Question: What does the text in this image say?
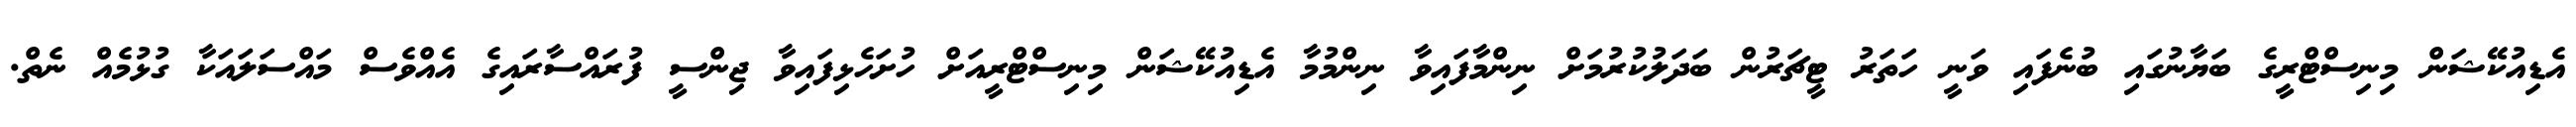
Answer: އެޑިއުކޭޝަން މިނިސްޓްރީގެ ބަޔާނުގައި ބުނެފައި ވަނީ ހަތަރު ޓީޗަރުން ބަދަލުކުރުމަށް ނިންމާފައިވާ ނިންމުމާ އެޑިއުކޭޝަން މިނިސްޓްރީއަށް ހުށަހެޅިފައިވާ ޖިންސީ ފުރައްސާރައިގެ އެއްވެސް މައްސަލައަކާ ގުޅުމެއް ނެތް.